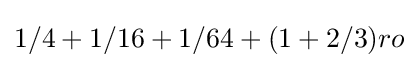
1/4+1/16+1/64+(1+2/3)ro